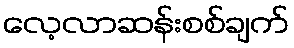
လေ့လာဆန်းစစ်ချက်